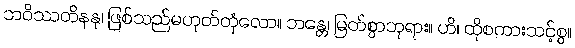
ဘဝိဿတိနနု၊ ဖြစ်သည်မဟုတ်တုံလော။ ဘန္တေ၊ မြတ်စွာဘုရား။ ဟိ၊ ထိုစကားသင့်စွ။